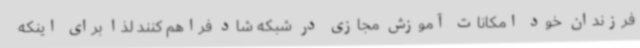
فرزندان خود امکانات آموزش مجازی در شبکه شاد فراهم کنند لذا برای اینکه